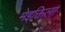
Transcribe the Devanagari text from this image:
मेइक्तिला